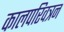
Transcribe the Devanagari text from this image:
कालपरिवत्रन